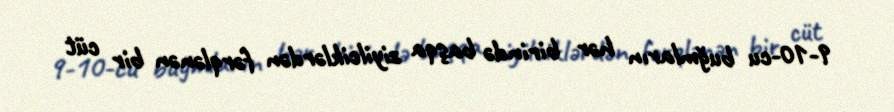
9-10-cu buğmların hər birində başqa ziyilciklərdən fərqlənən bir cüt